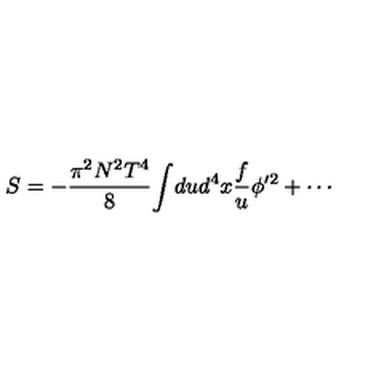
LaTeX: S = - { \frac { \pi ^ { 2 } N ^ { 2 } T ^ { 4 } } { 8 } } \! \int \! d u d ^ { 4 } x { \frac { f } { u } } \phi ^ { \prime 2 } + \cdots